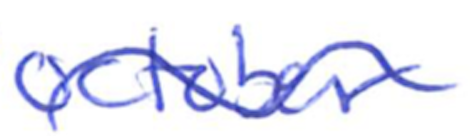
Text: October
Cross-out: wave
Writing tool: ballpoint